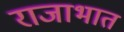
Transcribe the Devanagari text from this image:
राजाभात